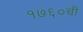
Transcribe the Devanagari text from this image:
१७६०ची